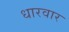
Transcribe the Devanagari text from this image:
धारवार